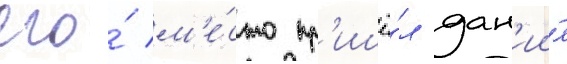
его́ м'е́сто пр'ишё́л дан'ии́л